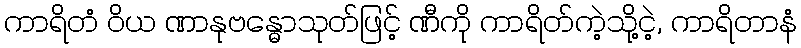
ကာရိတံ ဝိယ ဏာနုဗန္ဓောသုတ်ဖြင့် ဏီကို ကာရိတ်ကဲ့သို့ငဲ့, ကာရိတာနံ